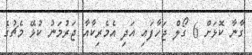
ގާނާ ކޮޅަށް 6 ގޯލް ޖަހާފައި އަދި އެމެރިކާއާ ޖަރުމަނު ކުޅޭ މެޗުގެ